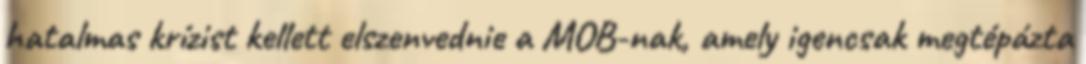
hatalmas krízist kellett elszenvednie a MOB-nak, amely igencsak megtépázta